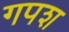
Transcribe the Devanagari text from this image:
गपश